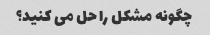
چگونه مشکل را حل می کنید؟